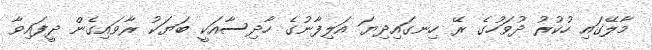
މާލޭގައި ހުކުރު ދުވަހުގެ ރޭ ހިނގައިދިޔަ އަލިފާނުގެ ހާދިސާއަކީ ބަޔަކު ރާވައިގެން ދީފައިވާ